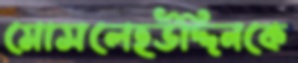
মোসলেহউদ্দিনকে